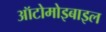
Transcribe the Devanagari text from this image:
ऑटोमोइबाइल